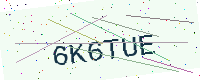
Text: 6K6TUE